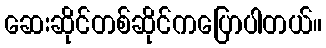
ဆေးဆိုင်တစ်ဆိုင်ကပြောပါတယ်။